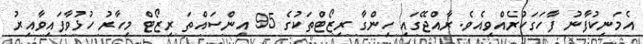
އެމަނިކުފާނު ފާހަގަކުރެއްވިއެވެ. ރާއްޖޭގައި ހިންގާ ރިޒޯޓްތަކުގެ 95 އިންސައްތަ ރިޒޯޓް މިހާރު ހުޅުވާފައިވާއިރު